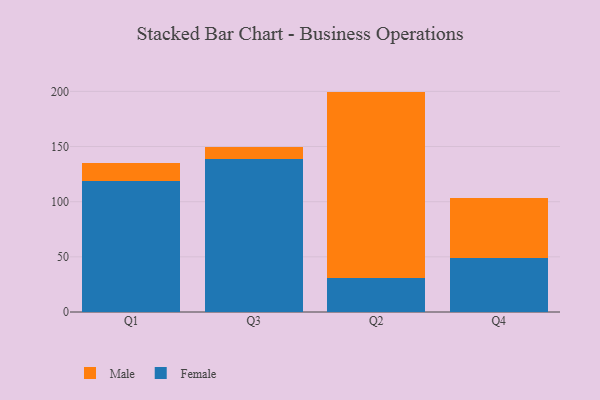
{"axis": {"x": "Quarter", "y": "Population (Million)"}, "legend": ["Female", "Male"], "data": [{"x": "Q1", "y": 118.7, "type": "Female"}, {"x": "Q1", "y": 16.6, "type": "Male"}, {"x": "Q3", "y": 138.8, "type": "Female"}, {"x": "Q3", "y": 10.4, "type": "Male"}, {"x": "Q2", "y": 30.8, "type": "Female"}, {"x": "Q2", "y": 169.0, "type": "Male"}, {"x": "Q4", "y": 49.2, "type": "Female"}, {"x": "Q4", "y": 54.3, "type": "Male"}]}